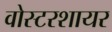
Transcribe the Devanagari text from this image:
वोस्टरशायर